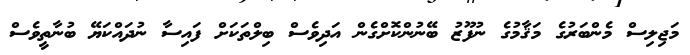
މަޖިލިސް މެންބަރުގެ މަޤާމުގެ ނުފޫޒު ބޭނުންކޮށްގެން އަދިވެސް ބިލްތަކަށް ފައިސާ ނުދައްކަޔޭ ބުނާތީވެސް